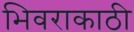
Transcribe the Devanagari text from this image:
भिवराकाठी